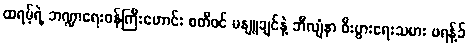
ထရမ့်ရဲ့ ဘဏ္ဍာရေးဝန်ကြီးဟောင်း စတီဖင် မနျူချင်နဲ့ ဘီလျံနာ စီးပွားရေးသမား ဖရန့်ခ်